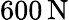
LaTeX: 600\, \mathrm{N}